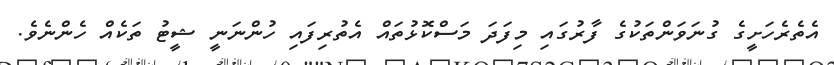
އެތެރެހަށީގެ ގުނަވަންތަކުގެ ފާރުގައި މިފަދަ މަސްކޮޅުތައް އެތުރިފައި ހުންނަނީ ޝީޓު ތަކެއް ހެންނެވެ.